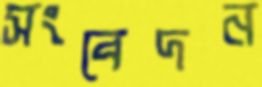
সংবেদন